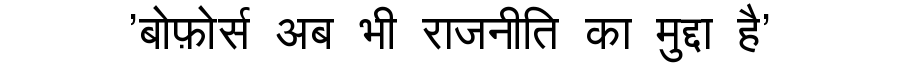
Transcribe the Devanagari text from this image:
'बोफ़ोर्स अब भी राजनीति का मुद्दा है'